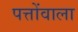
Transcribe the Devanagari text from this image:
पत्तोंवाला